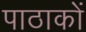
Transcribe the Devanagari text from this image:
पाठाकों